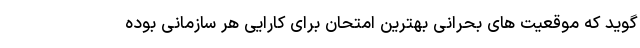
گويد كه موقعيت هاى بحرانى بهترين امتحان براى كارايى هر سازمانى بوده